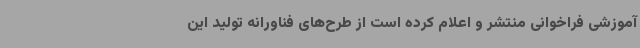
آموزشی فراخوانی منتشر و اعلام کرده است از طرح‌های فناورانه تولید این